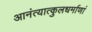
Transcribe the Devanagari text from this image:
आनंत्यात्कुलधर्माणां